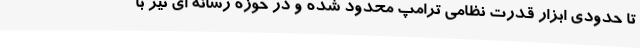
تا حدودی ابزار قدرت نظامی ترامپ محدود شده و در حوزه رسانه ای نیز با